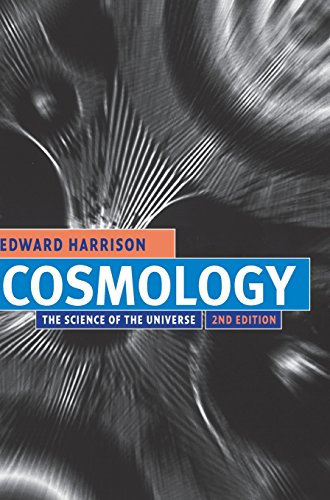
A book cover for Cosmology: The Science of the Universe; Edward Harrison; Science & Math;